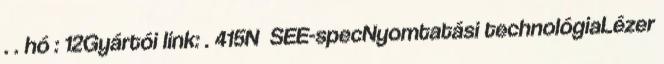
. . hó : 12Gyártói link: . 415N SEE-specNyomtatási technológiaLézer